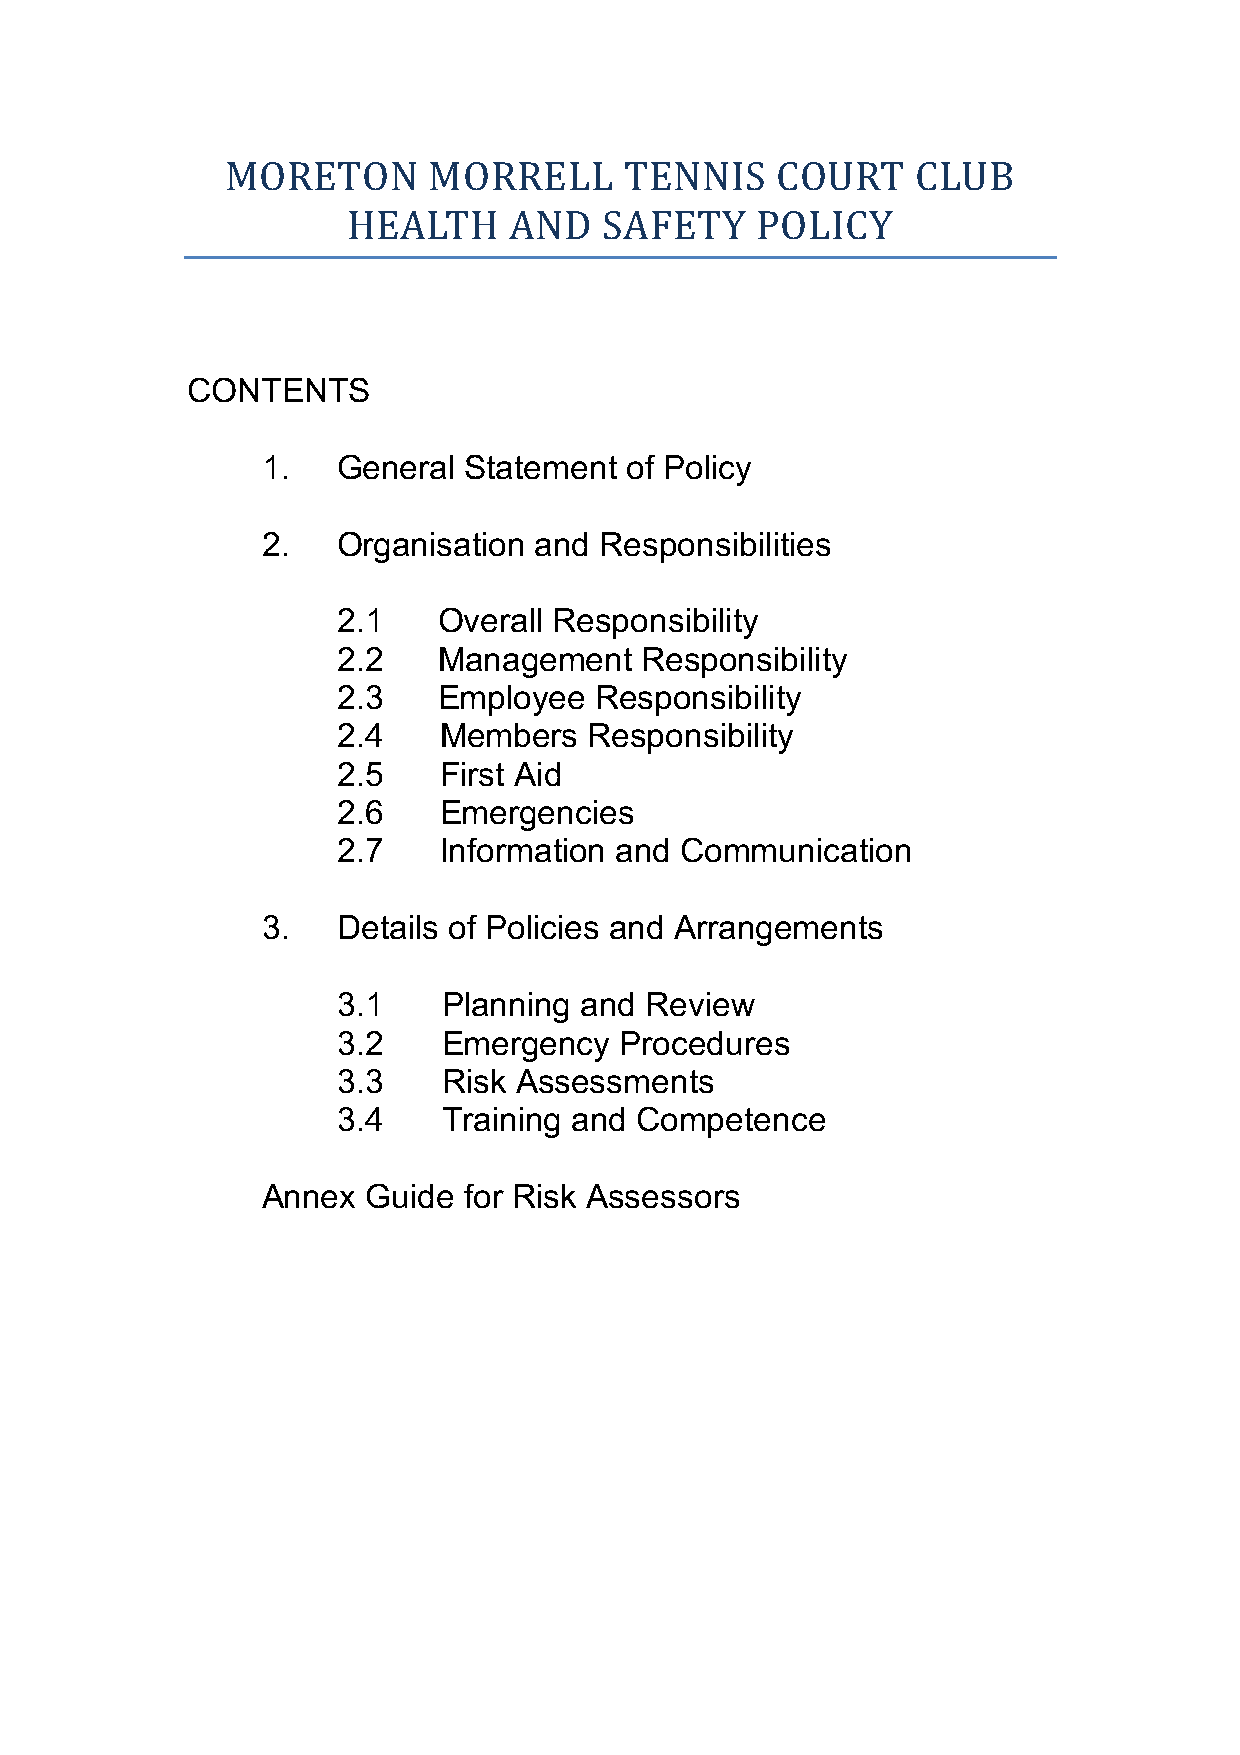
MORETON      MORRELL      TENNIS    COURT     CLUB
 HEALTH     AND   SAFETY    POLICY
 CONTENTS
 1.   General  Statement of Policy
 2.   Organisation and  Responsibilities
 2.1    Overall Responsibility
 2.2    Management   Responsibility
 2.3    Employee  Responsibility
 2.4    Members   Responsibility
 2.5    First Aid
 2.6    Emergencies
 2.7    Information and Communication
 3.   Details of Policies and Arrangements
 3.1    Planning and  Review
 3.2    Emergency   Procedures
 3.3    Risk Assessments
 3.4    Training and Competence
 Annex  Guide  for Risk Assessors